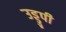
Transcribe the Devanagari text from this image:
उड्डुपी